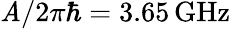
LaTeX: \mathit{A}/2\pi\hbar=3.65\, \mathrm{{GHz}}